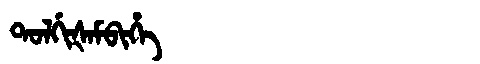
Manchu: ᡨᠣᠯᡤᡳᡧᠠᠮᠪᡳᡥᡝ
Romanization: TOLGIŠAMBIHE